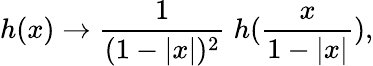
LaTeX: h(x)\rightarrow\frac{1}{(1-|x|)^{2}}\; h(\frac{x}{1-|x|}),